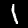
Digit: 1